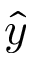
\hat { y }